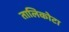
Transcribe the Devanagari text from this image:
तालिकोटा